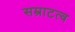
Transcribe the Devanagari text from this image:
सम्राटत्व